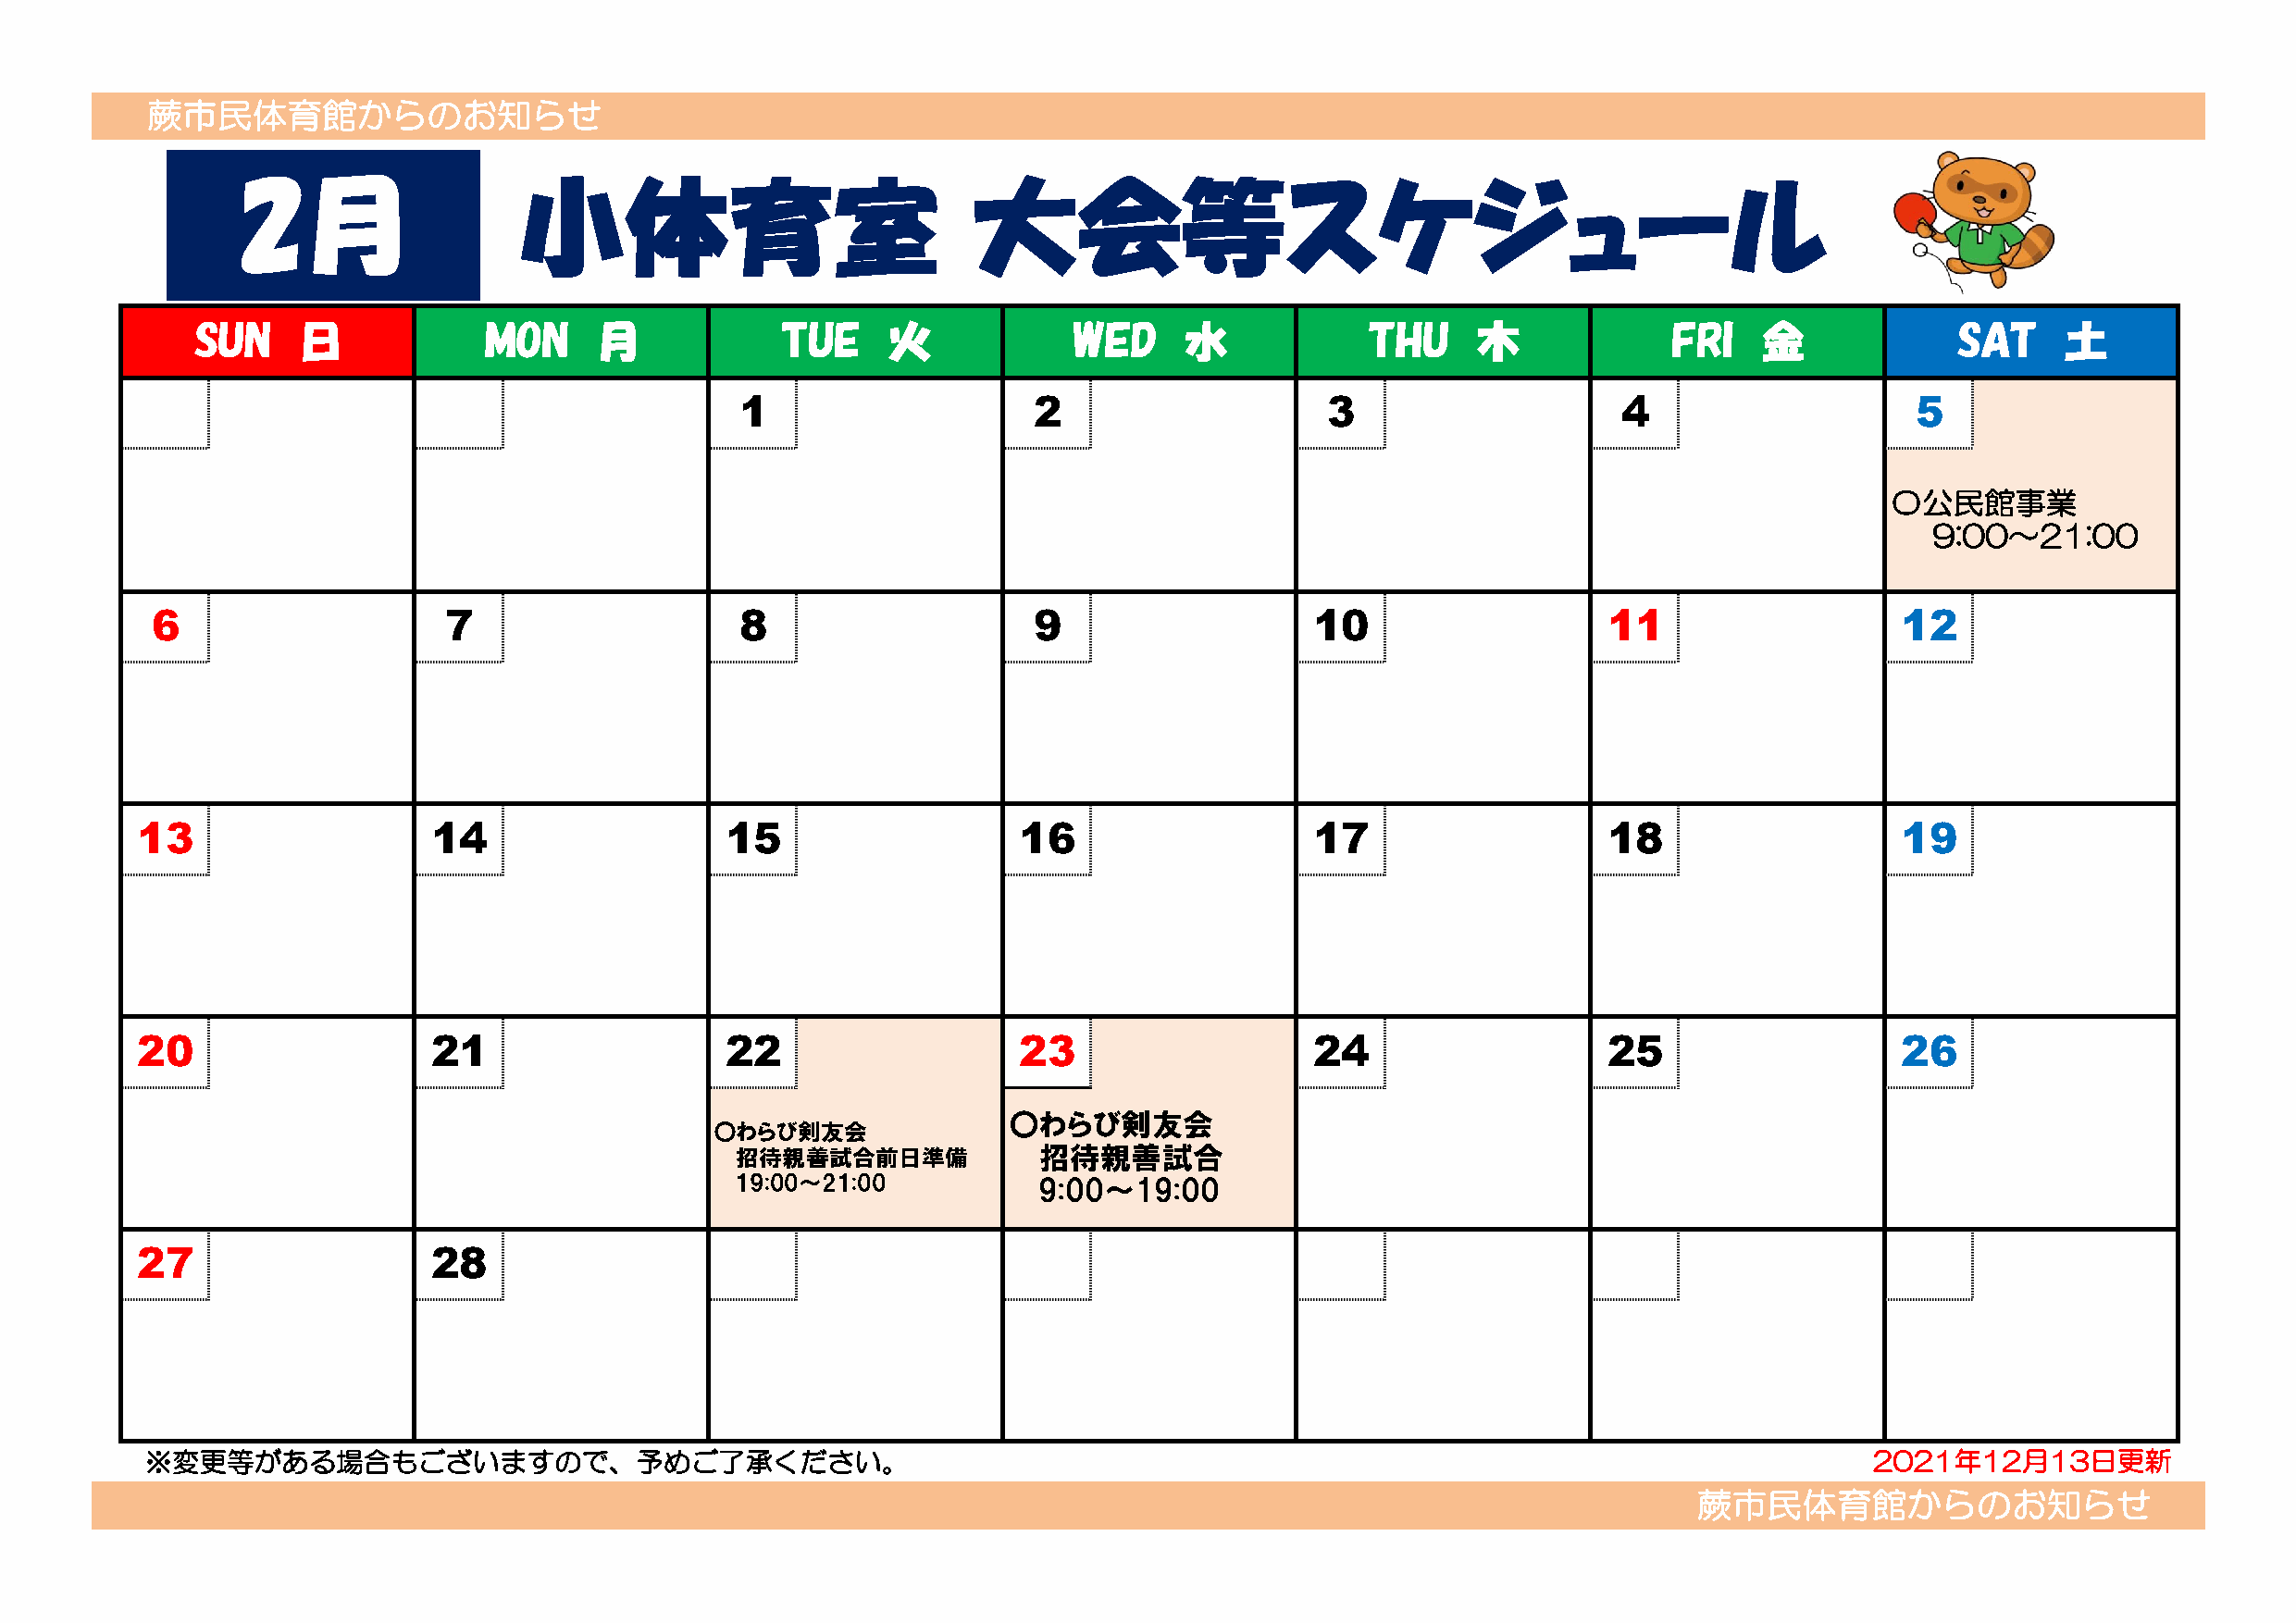
蕨市民体育館からのお知らせ
 2月                  小体育室                             大会等スケジュール
 SUN    日             MON     月            TUE     火            WED     水            THU     木             FRI   金             SAT     土
 1                    2                    3                    4                    5
 〇公民館事業
 9:00～21:00
 6                    7                    8                    9                   10                   11                   12
 13                   14                   15                   16                   17                   18                   19
 20                   21                   22                   23                   24                   25                   26
 〇わらび剣友会
 〇わらび剣友会
 招待親善試合前日準備           招待親善試合
 19:00～21:00          9:00～19:00
 27                   28
 ※変更等がある場合もございますので、予めご了承ください。                                                                                                2021年12月13日更新
 蕨市民体育館からのお知らせ